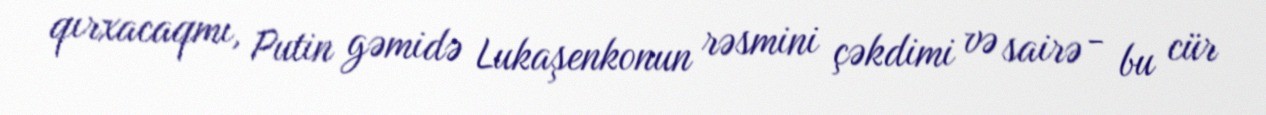
qırxacaqmı, Putin gəmidə Lukaşenkonun rəsmini çəkdimi və sairə - bu cür